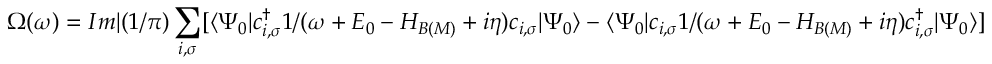
\Omega ( \omega ) = I m | ( 1 / \pi ) \sum _ { i , \sigma } [ \langle \Psi _ { 0 } | c _ { i , \sigma } ^ { \dagger } { 1 / ( \omega + E _ { 0 } - { \cal H } _ { B ( M ) } + i \eta ) } c _ { i , \sigma } | \Psi _ { 0 } \rangle - \langle \Psi _ { 0 } | c _ { i , \sigma } { 1 / ( \omega + E _ { 0 } - { \cal H } _ { B ( M ) } + i \eta ) } c _ { i , \sigma } ^ { \dagger } | \Psi _ { 0 } \rangle ]